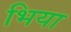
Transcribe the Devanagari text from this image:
भिया